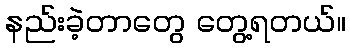
နည်းခဲ့တာတွေ တွေ့ရတယ်။